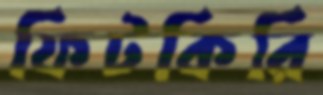
ফিটকিরি